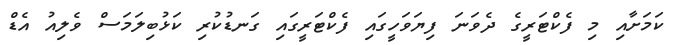
ކަމަށާއި މި ފެކްޓަރީގެ ދެވަނަ ފިޔަވަހީގައި ފެކްޓަރީގައި ގަނޑުކުރި ކަޅުބިލަމަސް ވެލިއު އެޑް